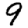
Digit: 9